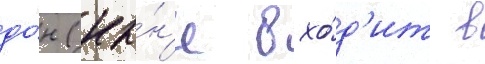
до́н (ны́н'е вхо́д'ит в